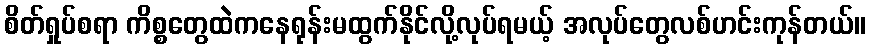
စိတ်ရှုပ်စရာ ကိစ္စတွေထဲကနေရုန်းမထွက်နိုင်လို့လုပ်ရမယ့် အလုပ်တွေလစ်ဟင်းကုန်တယ်။